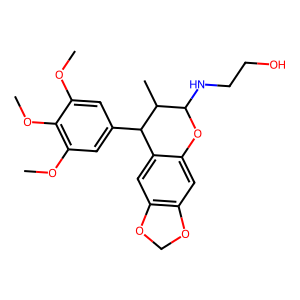
SMILES: COc1cc(C2c3cc4c(cc3OC(NCCO)C2C)OCO4)cc(OC)c1OC
Inhibits HIV replication: No